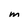
Character: m